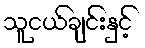
သူငယ်ချင်းနှင့်